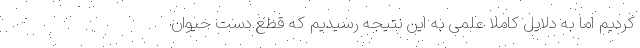
کردیم اما به دلایل کاملا علمی به این نتیجه رسیدیم که قطع دست حیوان